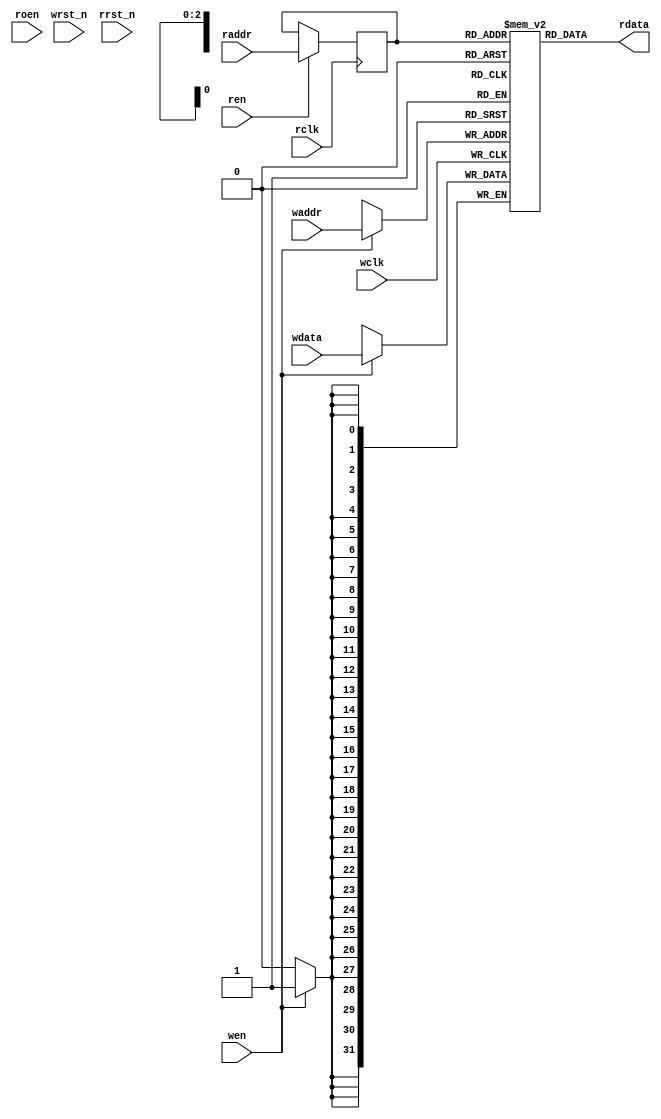
// `include "defines.v"
 
/* synthesis ramstyle = "M512" */
 
module generic_mem_small(
 
    wclk,
    wrst_n,
    wen,
    waddr,
    wdata,
 
    rclk,
    rrst_n,
    ren,
    roen,
    raddr,
    rdata
);
 
//---
// Parameters
 
parameter DWIDTH = 32;
parameter AWIDTH = 3;
parameter RAM_DEPTH = (1 << AWIDTH);
parameter REGISTER_READ = 0;
 
//---
// Ports
 
input               wclk;
input               wrst_n;
input               wen;
input  [AWIDTH-1:0] waddr;
input  [DWIDTH-1:0] wdata;
 
input               rclk;
input               rrst_n;
input               ren;
input               roen;
input  [AWIDTH-1:0] raddr;
output [DWIDTH-1:0] rdata;
 
// Registered outputs
reg    [DWIDTH-1:0] rdata;
 
 
//---
// Local declarations
 
// Registers
 
reg  [DWIDTH-1:0] mem_rdata;
reg  [AWIDTH-1:0] raddr_d1;
 
 
// Memory
 
reg  [DWIDTH-1:0] mem [0:RAM_DEPTH-1];
 
// Variables
 
integer         i;
 
 
//---
// Memory Write
 
// Generate synchronous write
always @(posedge wclk)
begin
    if (wen) begin
        mem[waddr[AWIDTH-1:0]] <= wdata;
    end
end
 
//---
// Memory Read
 
// Generate registered memory read
 
`ifdef XIL
 
//always @(posedge rclk)
//begin
//    if (ren) begin
//        raddr_d1 <= raddr;
//    end
//end
//always @(raddr_d1, rclk)
//begin
//    mem_rdata = mem[raddr_d1[AWIDTH-1:0]];
//end
 
always @(posedge rclk)
begin
    if (!rrst_n) begin
        mem_rdata <= {(DWIDTH){1'b0}};
    end else if (ren) begin
        mem_rdata <= mem[raddr[AWIDTH-1:0]];
    end
end
 
`else
 
//always @(posedge rclk or negedge rrst_n)
//begin
//    if (!rrst_n) begin
//        mem_rdata <= {(DWIDTH){1'b0}};
//    end else if (ren) begin
//        mem_rdata <= mem[raddr[AWIDTH-1:0]];
//    end
//end
 
always @(posedge rclk)
begin
    if (ren) begin
        raddr_d1 <= raddr;
    end
end
always @(raddr_d1, rclk)
begin
    mem_rdata = mem[raddr_d1[AWIDTH-1:0]];
end
 
`endif
 
generate
    if (REGISTER_READ) begin
 
        // Generate registered output
        always @(posedge rclk or negedge rrst_n)
        begin
            if (!rrst_n) begin
                rdata <= {(DWIDTH){1'b0}};
            end else if (roen) begin
                rdata <= mem_rdata;
            end
        end
 
    end
    else begin
 
        // Generate unregisters output
        always @(mem_rdata)
        begin
            rdata = mem_rdata;
        end
 
    end
endgenerate
 
endmodule